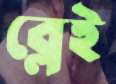
ব্লেই